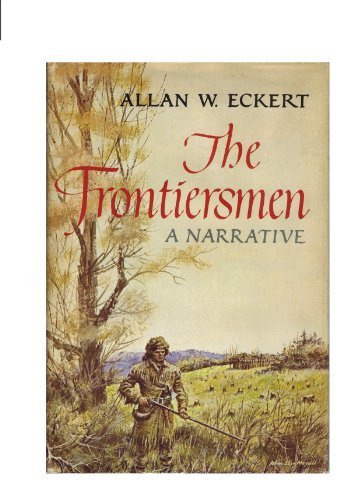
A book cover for The Frontiersmen: A Narrative; Allan W. Eckert; Biographies & Memoirs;